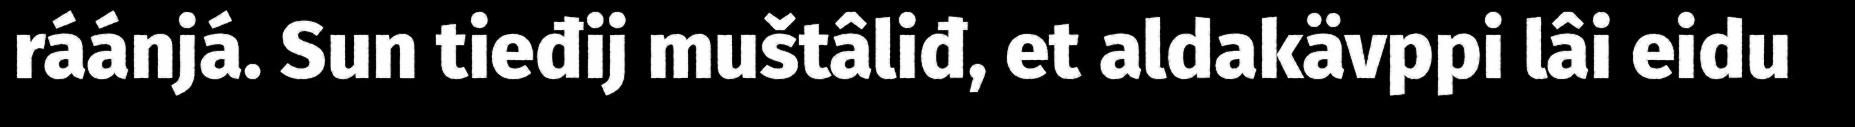
ráánjá. Sun tieđij muštâliđ, et aldakävppi lâi eidu